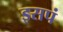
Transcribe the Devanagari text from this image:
इसपं